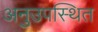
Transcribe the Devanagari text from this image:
अनुउपस्थित